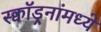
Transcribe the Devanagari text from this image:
स्क्वॉड्रनांमध्ये